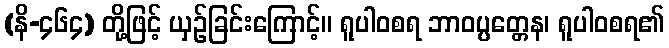
(နိ-၄၆၄) တို့ဖြင့် ယှဉ်ခြင်းကြောင့်။ ရူပါဝစရ ဘာဝပ္ပတ္တေန၊ ရူပါဝစရ၏